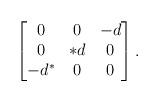
LaTeX: \begin{align*} \begin{bmatrix} 0 & 0 & -d \\ 0 & *d & 0 \\ -d^* &0 &0 \end{bmatrix}. \end{align*}